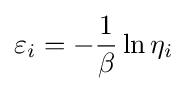
\varepsilon _{i}=-{\frac {1}{\beta }}\ln {\eta _{i}}